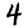
Digit: 4